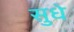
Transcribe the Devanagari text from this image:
सुधे